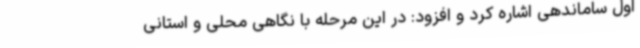
اول ساماندهی اشاره کرد و افزود: در این مرحله با نگاهی محلی‌ و استانی